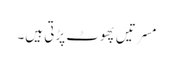
مسرتیں پھوٹ پڑتی ہیں۔